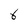
Character: 6